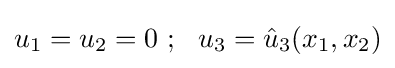
u_{1}=u_{2}=0~;~~u_{3}={\hat {u}}_{3}(x_{1},x_{2})